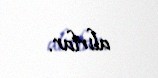
alırlar.